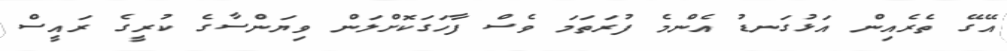
އޭގޭ ތެރެއިން އަޅުގަނޑު އެންމެ ފުރަތަމަ ވެސް ފާހަގަކޮށްލަން ވިޔަންސާގެ ކުރީގެ ރައީސް